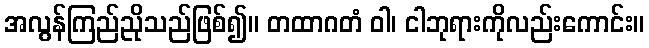
အလွန်ကြည်ညိုသည်ဖြစ်၍။ တထာဂတံ ဝါ၊ ငါဘုရားကိုလည်းကောင်း။